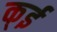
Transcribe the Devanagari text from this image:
क्ई